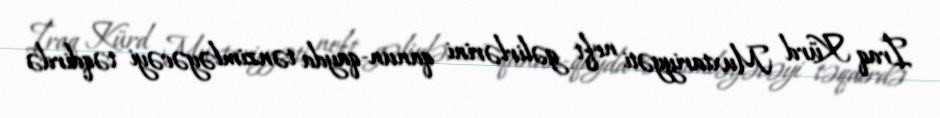
İraq Kürd Muxtariyyəti neft gəlirlərini qanun-qayda tənzimləyəcəyi təqdirdə